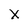
Character: X